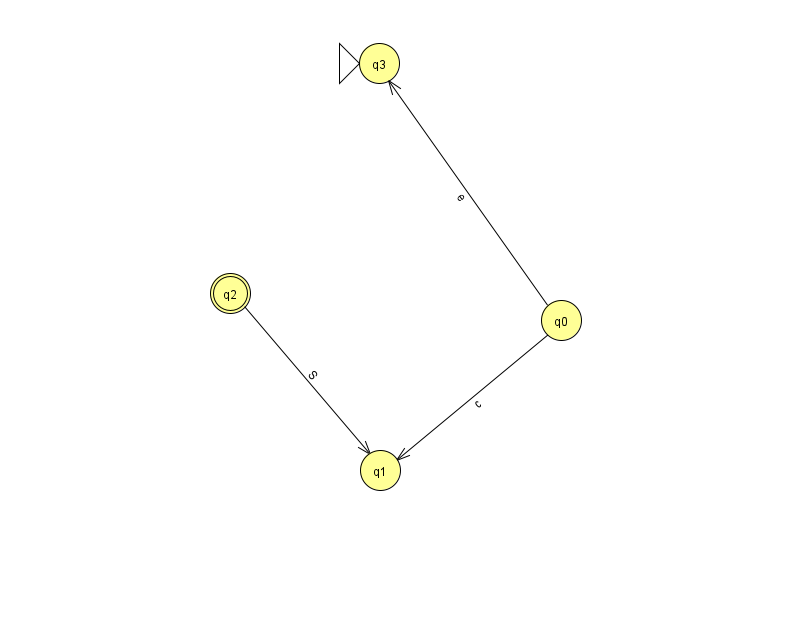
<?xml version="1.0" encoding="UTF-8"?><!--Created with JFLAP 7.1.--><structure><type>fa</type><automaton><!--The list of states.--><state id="0" name="q0"><x>561.0</x><y>307.0</y></state><state id="1" name="q1"><x>380.0</x><y>457.0</y></state><state id="2" name="q2"><x>230.0</x><y>280.0</y><final/></state><state id="3" name="q3"><x>379.0</x><y>50.0</y><initial/></state><!--The list of transitions.--><transition><from>0</from><to>3</to><read>e</read></transition><transition><from>0</from><to>1</to><read>c</read></transition><transition><from>2</from><to>1</to><read>S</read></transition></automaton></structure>